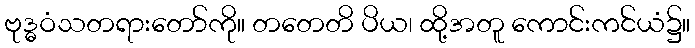
ဗုဒ္ဓဝံသတရားတော်ကို။ တတေတိ ပိယ၊ ထို့အတူ ကောင်းကင်ယံ၌။